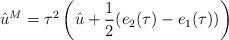
\begin{align*}\hat{u}^M=\tau ^{2} \left(\hat{u}+\frac {1}{2}(e_{2}(\tau) -e_{1}(\tau))\right)\end{align*}